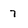
Character: 7